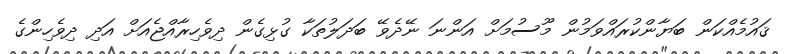
ޤައުމެއްކަން ބަޔާންކުރައްވަމުން މޫސުމަށް އަންނަ ނޭދެވޭ ބަދަލުތަކާ ގުޅިގެން ދިވެހިރާއްޖެއަށް އަދި ދިވެހިންގެ